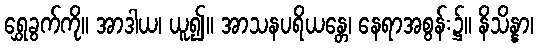
ရွှေခွက်ကို။ အာဒါယ၊ ယူ၍။ အာသနပရိယန္တေ၊ နေရာအစွန်း၌။ နိသိန္နာ၊